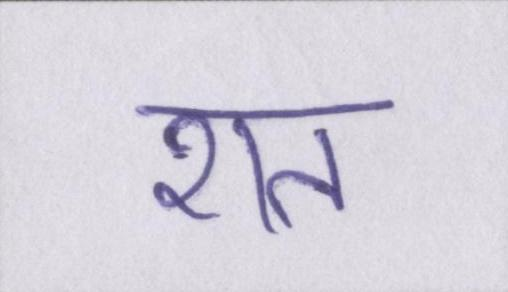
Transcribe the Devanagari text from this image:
शत